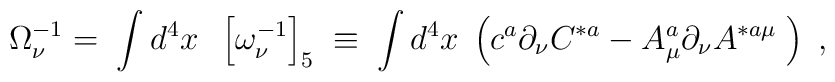
\Omega _\nu ^{-1}=\;\int d^4x\;\;\left[ \omega _\nu ^{-1}\right] _5\;\equiv\;\int d^4x\;\left( c^a\partial _\nu C^{*a}-A_\mu ^a\partial _\nu A^{*a\mu}\;\right) \;,